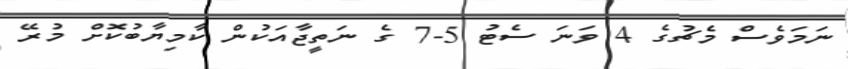
ނަމަވެސް މެޗުގެ 4 ވަނަ ސެޓު 5-7 ގެ ނަތީޖާއަކުން ކާމިޔާބުކޮށް މުރޭ